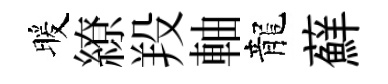
暖繚羖軸龍蘚